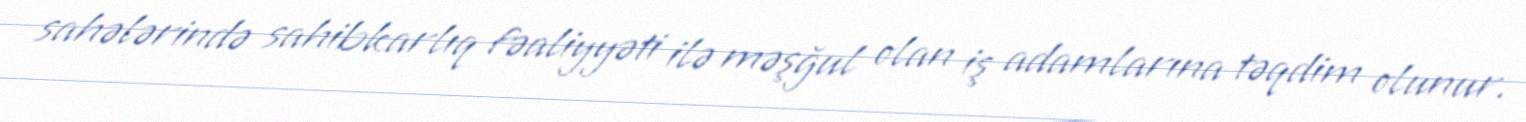
sahələrində sahibkarlıq fəaliyyəti ilə məşğul olan iş adamlarına təqdim olunur.